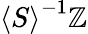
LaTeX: {\langle S\rangle}^{-1}\mathbb{Z}